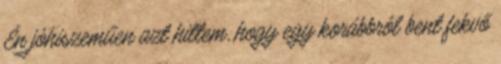
Én jóhiszeműen azt hittem, hogy egy korábbról bent fekvő